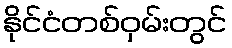
နိုင်ငံတစ်ဝှမ်းတွင်